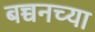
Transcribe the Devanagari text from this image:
बच्चनच्या